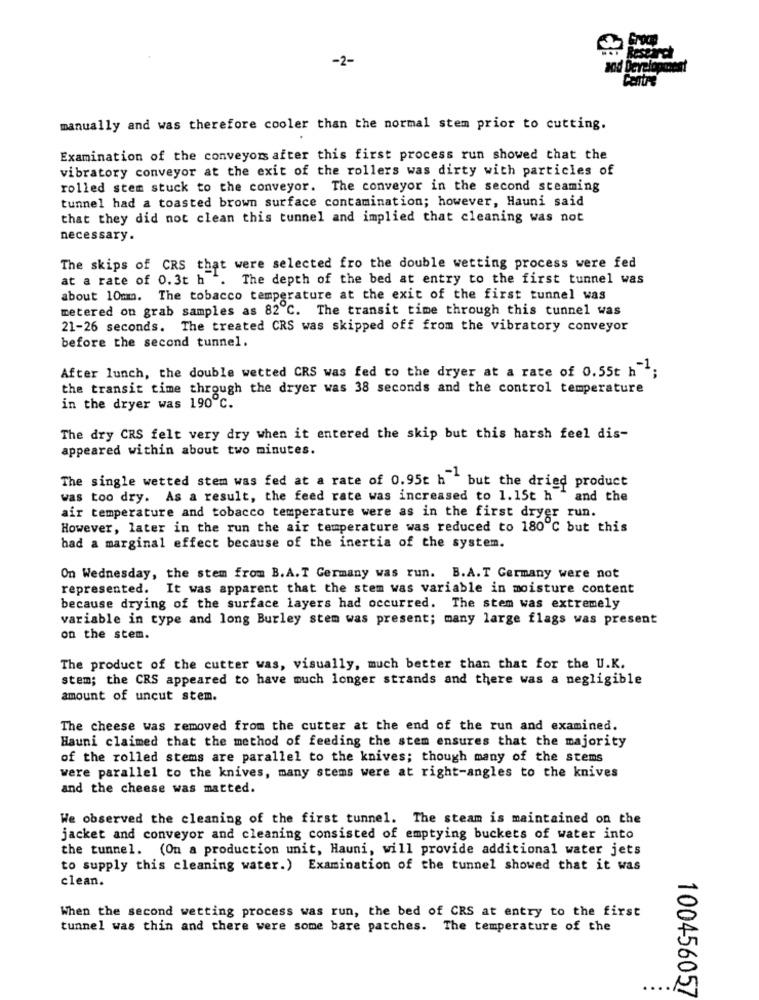
-2-
Han Research
Centre
manually and was therefore cooler than the normal stem prior to cutting.
Examination of the conveyors after this first process run showed that the
vibratory conveyor at the exit of the rollers was dirty with particles of
rolled stem stuck to the conveyor. The conveyor in the second steaming
tunnel had a toasted brown surface contamination; however, Hauni said
that they did not clean this tunnel and implied that cleaning was not
necessary.
The skips of CRS that were selected fro the double wetting process were fed
at a rate of 0.3t h .
The depth of the bed at entry to the first tunnel was
about 10mm. The tobacco temperature at the exit of the first tunnel was
metered on grab samples as 82 ℃. The transit time through this tunnel was
21-26 seconds. The treated CRS was skipped off from the vibratory conveyor
before the second tunnel.
After lunch, the double wetted CRS was fed to the dryer at a rate of 0.55t h ";
the transit time through the dryer was 38 seconds and the control temperature
in the dryer was 190 ℃.
The dry CRS felt very dry when it entered the skip but this harsh feel dis-
appeared within about two minutes.
The single wetted stem was fed at a rate of 0.95t h but the dried product
was too dry. As a result, the feed rate was increased to 1.15t h " and the
air temperature and tobacco temperature were as in the first dryer run.
However, later in the run the air temperature was reduced to 180 ℃ but this
had a marginal effect because of the inertia of the system.
On Wednesday, the stem from B.A.T Germany was run. B.A.T Germany were not
represented. It was apparent that the stem was variable in moisture content
because drying of the surface layers had occurred. The stem was extremely
variable in type and long Burley stem was present; many large flags was present
on the stem.
The product of the cutter was, visually, much better than that for the U.K.
stem; the CRS appeared to have much longer strands and there was a negligible
amount of uncut stem.
The cheese was removed from the cutter at the end of the run and examined.
Hauni claimed that the method of feeding the stem ensures that the majority
of the rolled stems are parallel to the knives; though many of the stems
were parallel to the knives, many stems were at right-angles to the knives
and the cheese was matted.
We observed the cleaning of the first tunnel. The steam is maintained on the
jacket and conveyor and cleaning consisted of emptying buckets of water into
the tunnel. (On a production unit, Hauni, will provide additional water jets
to supply this cleaning water.) Examination of the tunnel showed that it was
clean.
When the second wetting process was run, the bed of CRS at entry to the first
tunnel was thin and there were some bare patches. The temperature of the
100456057